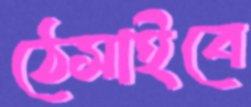
ঠেসাইবে